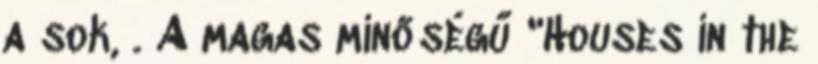
a sok, . A magas minőségű "Houses in the